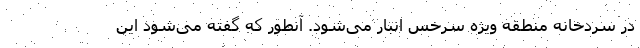
در سردخانه منطقه ویژه سرخس انبار می‌شود. آنطور که گفته می‌شود این